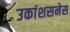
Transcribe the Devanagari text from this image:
उकांशसनेस